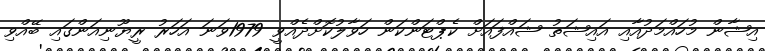
އިޝާން މުހައްމަދުއާއި އައިޝަތު ޝައްފައަށް ކެޕްޓަންކަން ހަވާލުކޮށްދެއްވީ 1979ވަނަ އަހަރު ރީޔޫނިއަންގައި ބޭއްވި